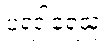
ပရဒါရေသု